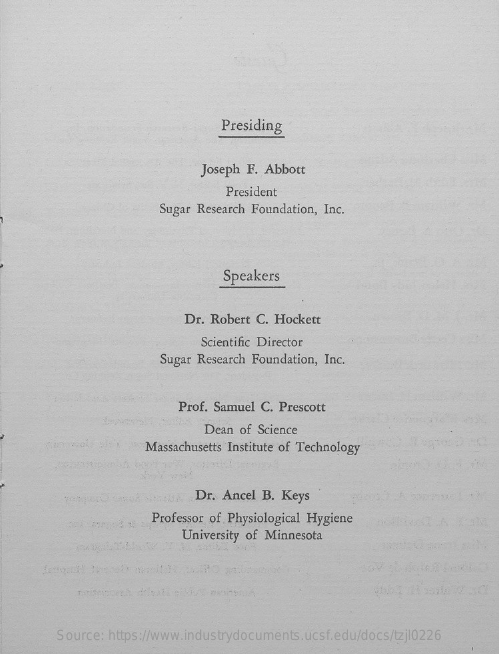
Presiding
     Joseph F. Abbott
     President
     Sugar Research Foundation, Inc.
     Speakers
     Dr. Robert C. Hockett
     Scientific Director
     Sugar Research Foundation, Inc.
     Prof. Samuel C. Prescott
     Dean of Science
     Massachusetts Institute of Technology
     Dr. Ancel B. Keys
     Professor of Physiological Hygiene
     University of Minnesota
     Source: https://www.industrydocuments.ucsf.edu/docs/tzjl0226